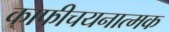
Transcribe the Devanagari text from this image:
काफीचयनात्मक